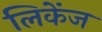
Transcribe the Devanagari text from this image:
लिकेंज